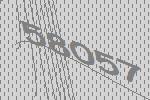
58057